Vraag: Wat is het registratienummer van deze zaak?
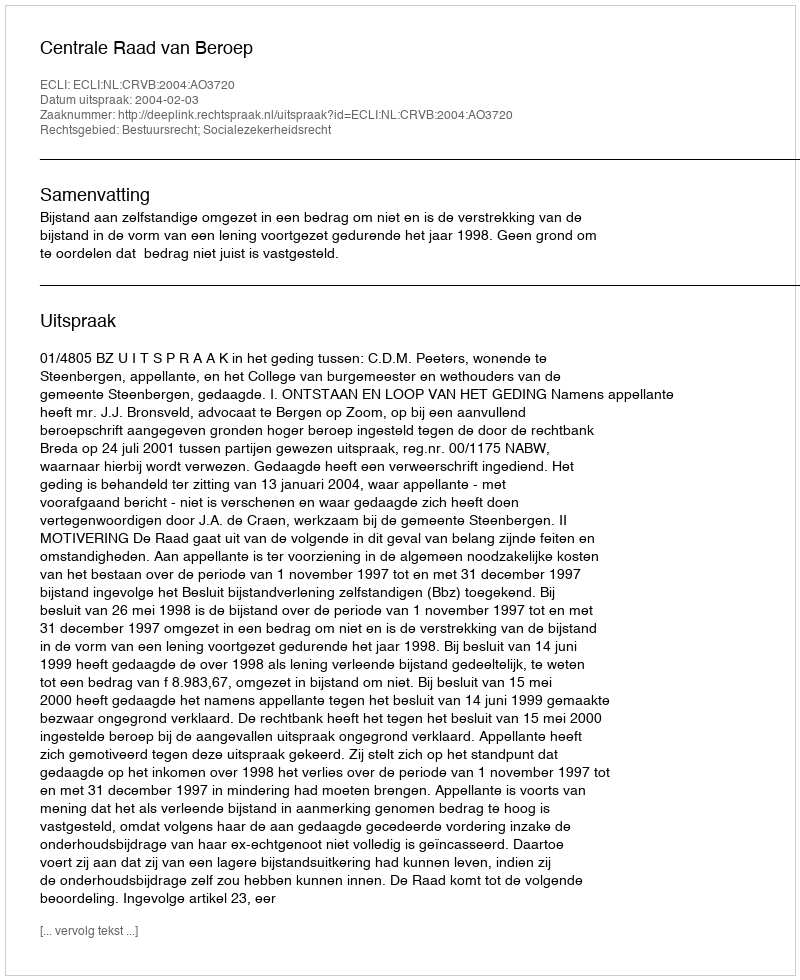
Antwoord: http://deeplink.rechtspraak.nl/uitspraak?id=ECLI:NL:CRVB:2004:AO3720